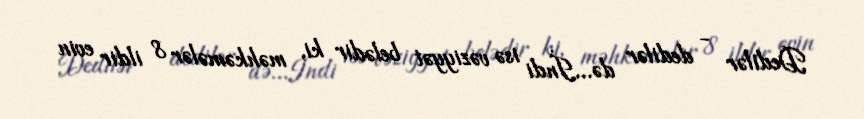
Dedilər - dedilər də...İndi isə vəziyyət belədir ki, məhkəmələr 8 ildir evin